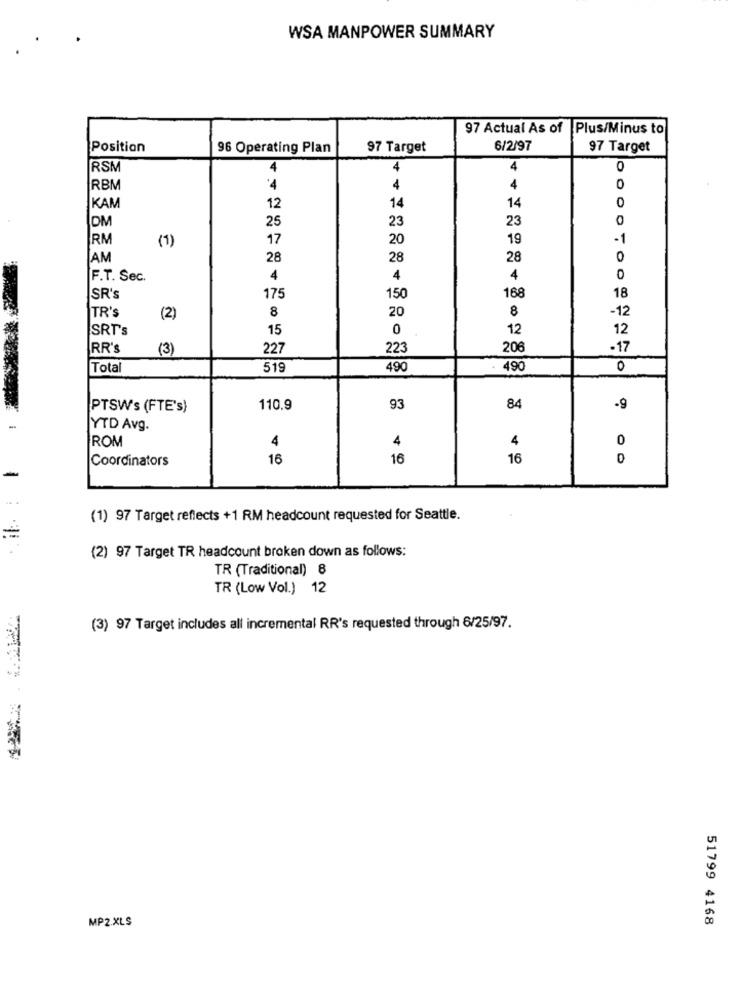
WSA MANPOWER SUMMARY
97 Actual As of
Plus/Minus to
Position
96 Operating Plan
97 Target
6/2/97
97 Target
RSM
4
4
4
0
RBM
'4
4
4
0
0
KAM
12
14
14
DM
25
23
23
0
RM
(1)
17
20
19
.1
AM
28
28
28
0
F.T. Sec.
4
4
4
0
168
SR's
175
150
18
ITR'S
8
20
8
-12
(2)
SRT's
15
0
12
12
RR's
(3)
227
223
20€
-17
Total
519
490
490
0
PTSW's (FTE's)
110.9
93
84
-9
YTD Avg.
ROM
4
4
0
4
Coordinators
16
16
16
0
-
(1) 97 Target reflects +1 RM headcount requested for Seattle.
=
(2) 97 Target TR headcount broken down as follows:
TR (Traditional) 8
TR (Low Vol.) 12
(3) 97 Target includes all incremental RR's requested through 6/25/97.
MP2.XLS
51799 4168